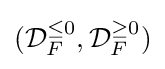
({\mathcal {D}}_{F}^{\leq 0},{\mathcal {D}}_{F}^{\geq 0})